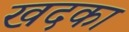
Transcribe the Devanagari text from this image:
खदका